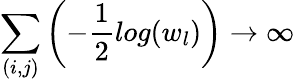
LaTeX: \sum_{(i,j)}\left(-\frac{1}{2}log(w_{l})\right)\rightarrow\infty